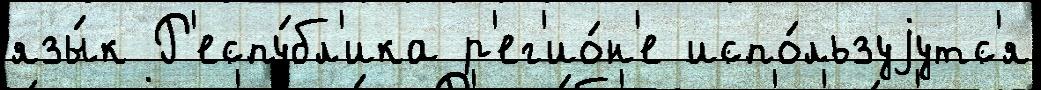
язы́к Р'еспу́бл'ика р'ег'ио́н'е испо́льзуjутс'я